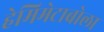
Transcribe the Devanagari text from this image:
हेमिमेटाबोला